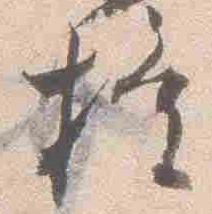
権